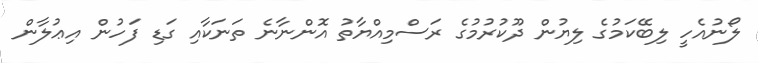
ލޯނުއެހީ ލިބޭކަމުގެ ލިޔުން ދޫކުރުމުގެ ރަސްމިއްޔާތު އޮންނާނެ ތަނަކާއި ގަޑި ފަހުން އިޢުލާން